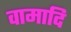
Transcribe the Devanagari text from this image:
वामादि